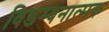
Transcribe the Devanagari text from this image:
विडम्बनात्मक